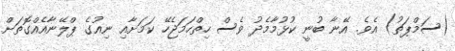
(ސަމްޕަތު) އެވެ. އޭނާ ބުނީ ކުޅުމާމެދު ވެސް ހިތްހަމަޖެހޭ ކަމަށާއި ނިއުގެ ޕްލޭނާއެއްގޮތަށް